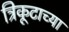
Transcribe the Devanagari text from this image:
त्रिकूटाच्या